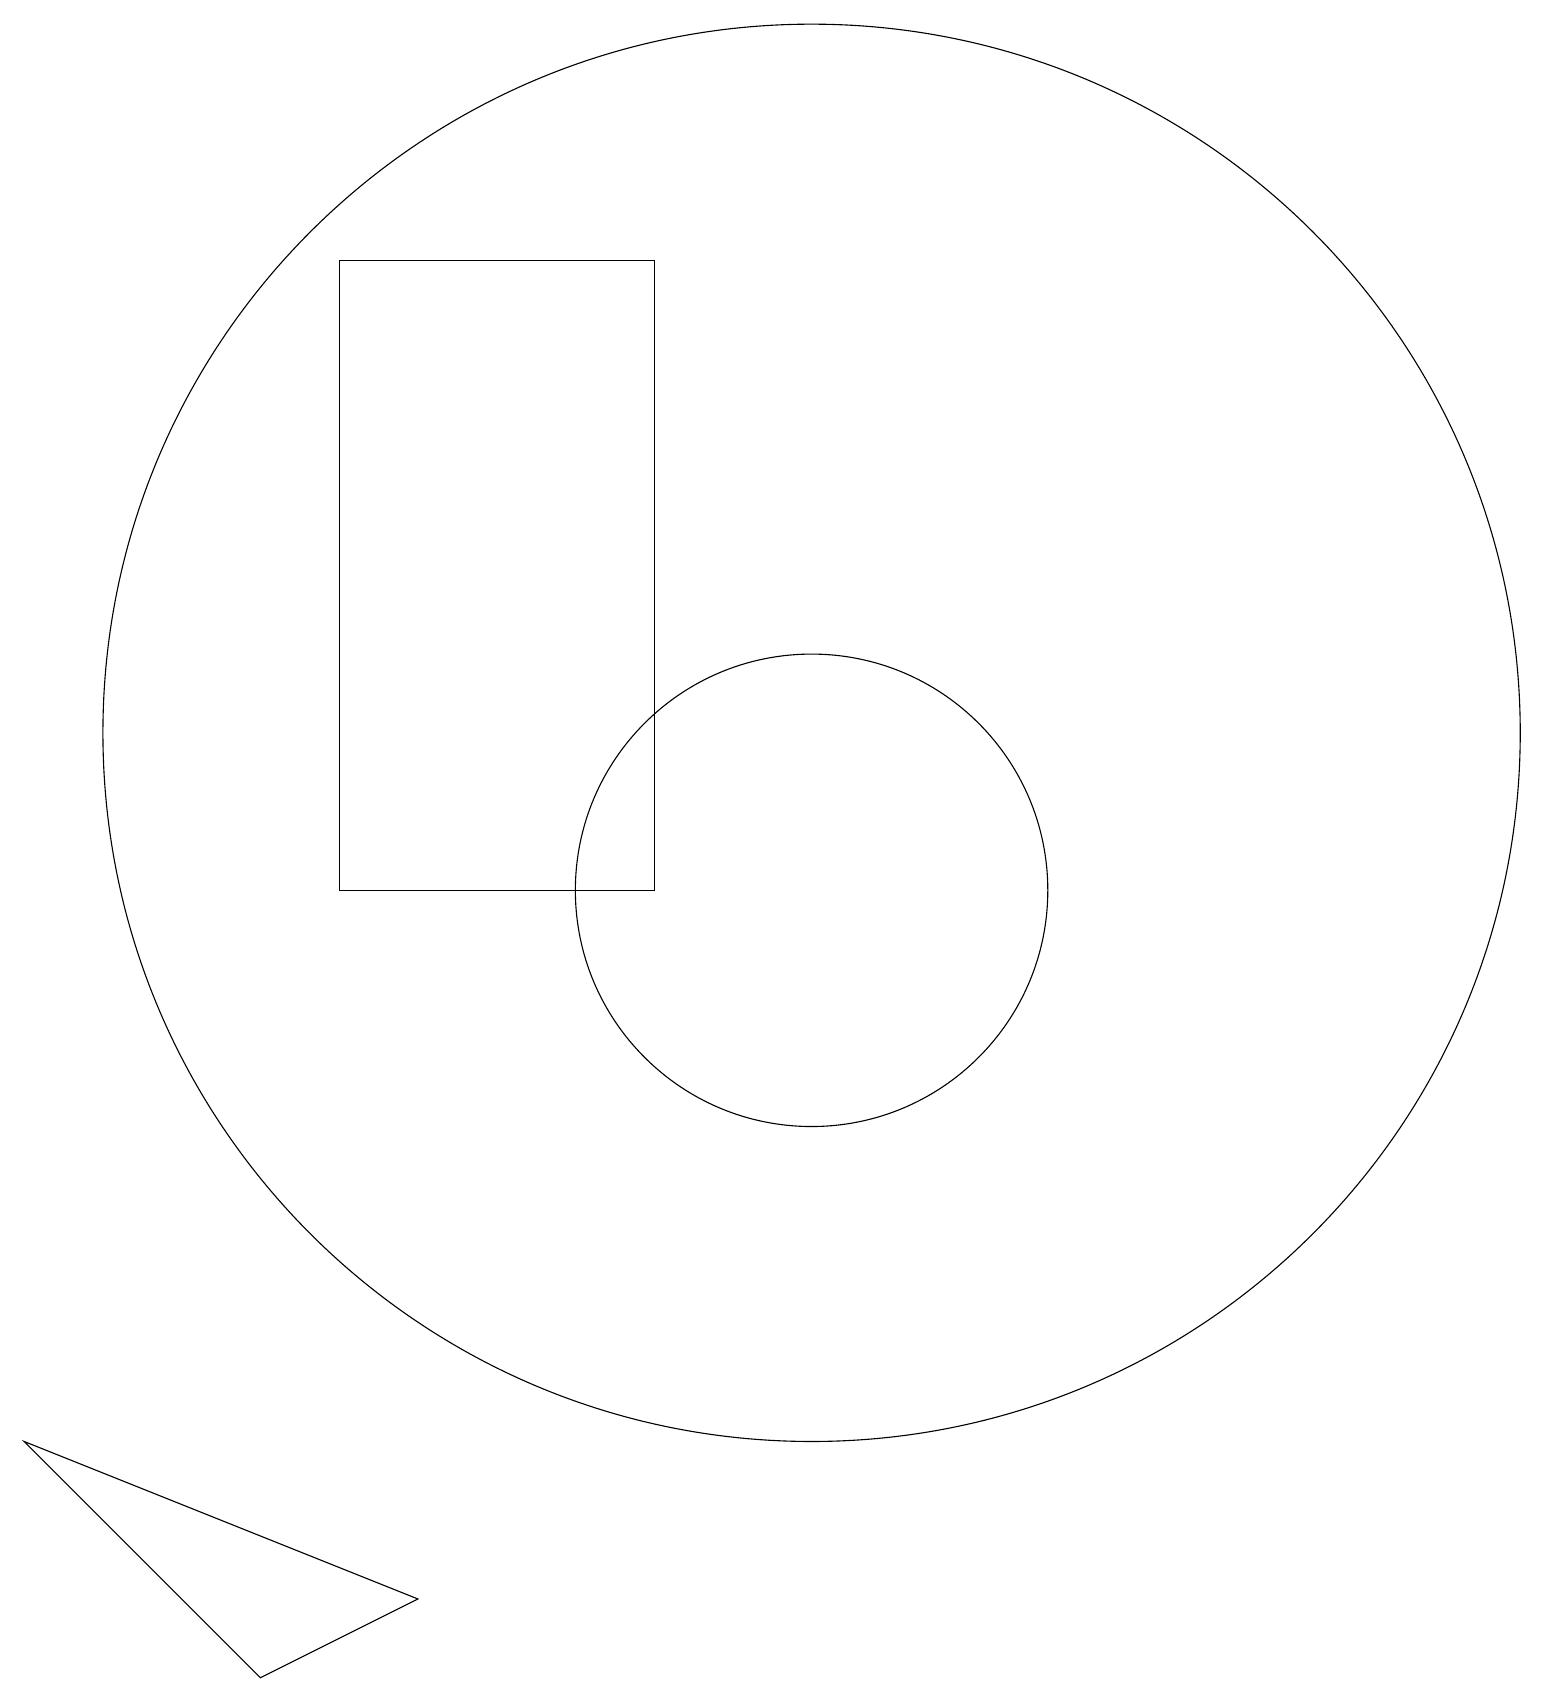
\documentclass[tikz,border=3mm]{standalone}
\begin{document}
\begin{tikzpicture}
\draw (1,3) -- (4,0) -- (6,1) -- cycle;
\draw (5,17) rectangle (5,18);
\draw (11,12) circle (9);
\draw (11,10) circle (3);
\draw (5,10) rectangle (9,18);
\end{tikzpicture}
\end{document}